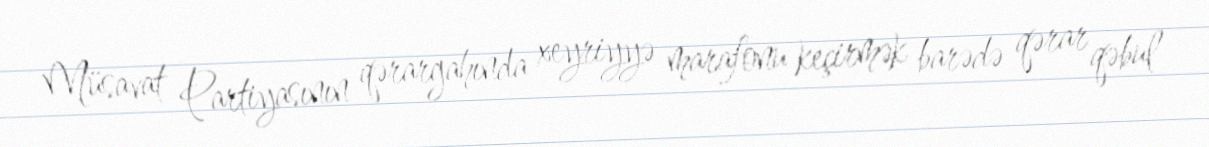
Müsavat Partiyasının qərargahında xeyriyyə marafonu keçirmək barədə qərar qəbul